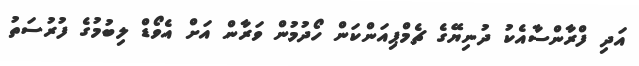
އަދި ފްރާންސާއެކު ދުނިޔޭގެ ޗެމްޕިއަންކަން ހޯދުމުން ވަރާން އަށް އެވޯޑް ލިބުމުގެ ފުރުސަތު